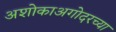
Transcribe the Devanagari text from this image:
अशोकाअगोदरच्या